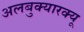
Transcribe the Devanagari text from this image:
अलबुक्यारक्यू